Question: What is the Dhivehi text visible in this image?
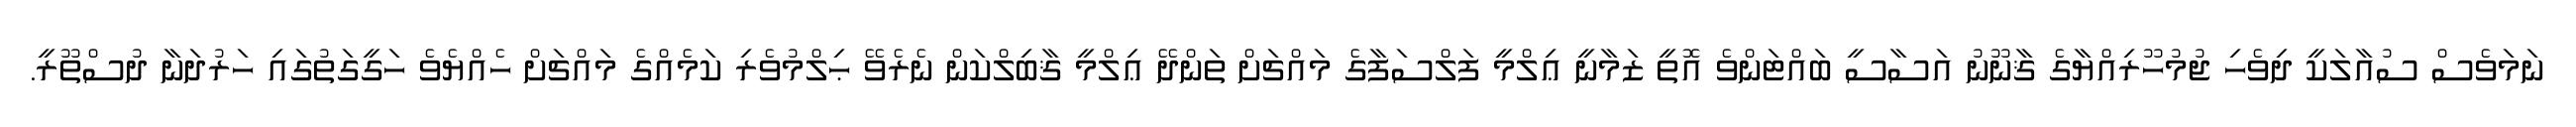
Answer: ނަމަވެސް ސުއާލަކީ ދިވެހި ޖުމުހޫރިއްޔާގެ ޤާނޫނު އަސާސީ ބައްޓަންވެ އޮތީ ޒަމާނީ ޢިލްމީ ފަލްސަފާގެ މައްޗަށް ތަންދޭ ޢިލްމީ ޤާބިލްކަން ނެރެވޭ ޙިލްމުވެރި ކަމެއްގެ މައްޗަށް ހެއްޔެވެ ހަގީގަތުގައި ހަރުދަނާ ދުސްތޫރީ.